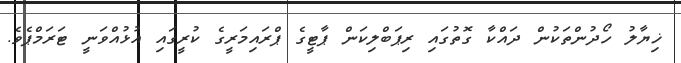
ޚިޔާލު ހޯދުންތަކުން ދައްކާ ގޮތުގައި ރިޕަބްލިކަން ޕާޓީގެ ޕްރައިމަރީގެ ކުރީގައި އުޅުއްވަނީ ޓަރަމްޕެވެ.